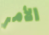
الأمر